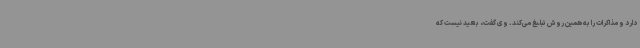
دارد و مذاکرات را به همین روش تبلیغ می‌کند. وی گفت، بعید نیست که